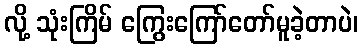
လို့ သုံးကြိမ် ကြွေးကြော်တော်မူခဲ့တာပဲ၊